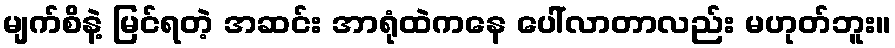
မျက်စိနဲ့ မြင်ရတဲ့ အဆင်း အာရုံထဲကနေ ပေါ်လာတာလည်း မဟုတ်ဘူး။